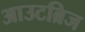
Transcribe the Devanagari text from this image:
आउटब्रिज